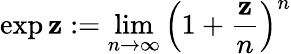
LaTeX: \exp\mathbf{z}:=\operatorname*{lim}_{n\to\infty}\left(1+{\frac{{\mathbf{z}}}{{n}}}\right)^{n}